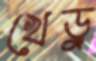
খেড়ু